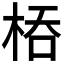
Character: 𭪇